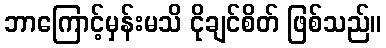
ဘာကြောင့်မှန်းမသိ ငိုချင်စိတ် ဖြစ်သည်။